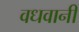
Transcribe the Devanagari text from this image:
वधवानी